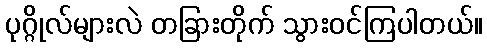
ပုဂ္ဂိုလ်များလဲ တခြားတိုက် သွားဝင်ကြပါတယ်။